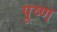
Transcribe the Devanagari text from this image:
पूष्ण